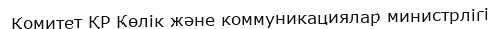
Комитет ҚР Көлік және коммуникациялар министрлігі